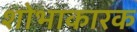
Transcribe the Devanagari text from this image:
शोभाकारक